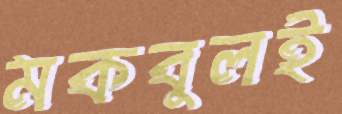
মকবুলই